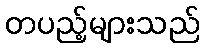
တပည့်များသည်